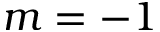
m = - 1